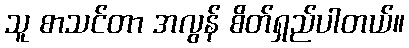
သူ စာသင်တာ အလွန် စိတ်ရှည်ပါတယ်။